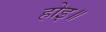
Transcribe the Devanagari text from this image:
होइ॥